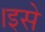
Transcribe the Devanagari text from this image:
।इसे